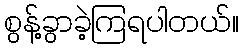
စွန့်ခွာခဲ့ကြရပါတယ်။